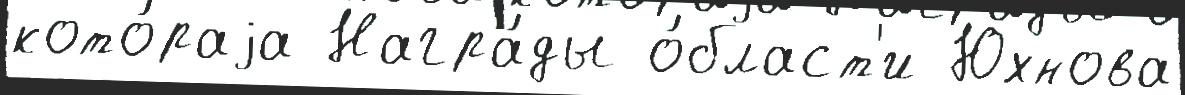
кото́раjа Награ́ды о́бласт'и Юхнова